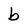
Character: b